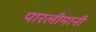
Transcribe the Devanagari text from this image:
पारलीमानी